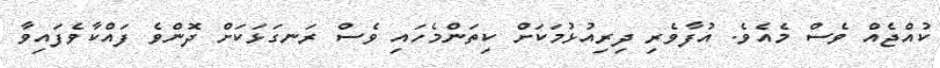
ކުއްޖެއް ވެސް މެއެވެ. އުފާވެރި ދިރިއުޅުމަކަށް ކިތަންމެހައި ވެސް ރަނގަޅަކަށް ދޮންވެ ފައްކާވެފައިވާ